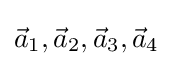
{\vec {a}}_{1},{\vec {a}}_{2},{\vec {a}}_{3},{\vec {a}}_{4}